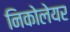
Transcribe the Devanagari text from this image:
निकोलेयर